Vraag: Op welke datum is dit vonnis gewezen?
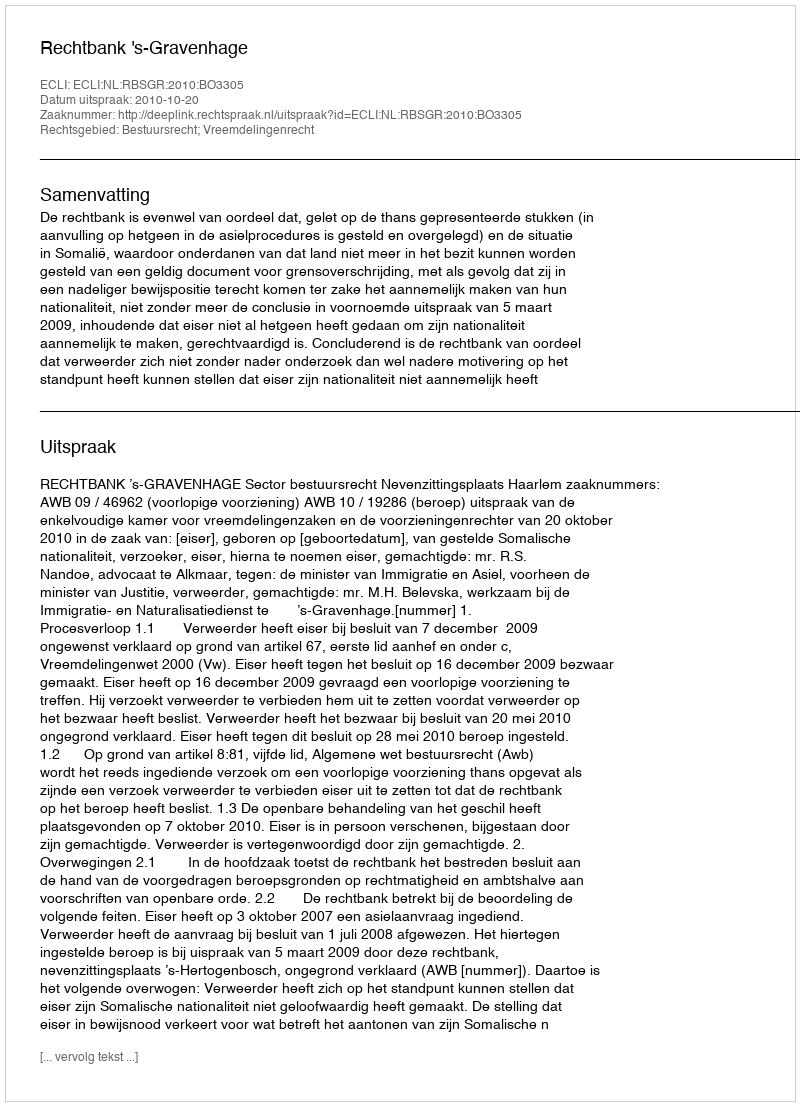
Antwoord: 2010-10-20